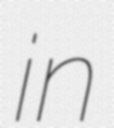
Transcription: in